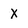
Character: x